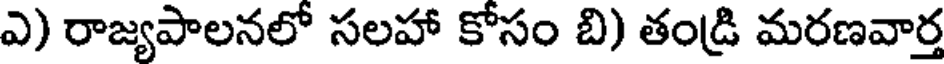
ఎ) రాజ్యపాలనలో సలహా కోసం బి) తండ్రి మరణవార్త